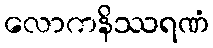
လောကနိဿရဏံ